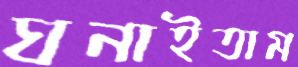
ঘনাইতাম